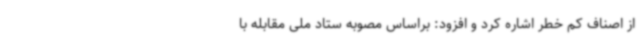
از اصناف کم خطر اشاره کرد و افزود: براساس مصوبه ستاد ملی مقابله با